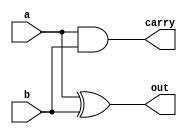
module half_adder(a,b,out,carry);
input a,b;
output out,carry;
xor n1(out,a,b);
and n2(carry,a,b);
endmodule